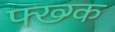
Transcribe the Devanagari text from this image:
फ्ख्ग्क